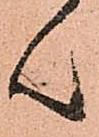
ん